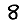
Digit: 8